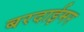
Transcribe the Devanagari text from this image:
बरदाईमर